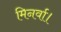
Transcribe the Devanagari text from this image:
मिनर्वा।